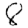
Digit: 8